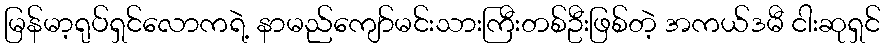
မြန်မာ့ရုပ်ရှင်လောကရဲ့ နာမည်ကျော်မင်းသားကြီးတစ်ဦးဖြစ်တဲ့ အကယ်ဒမီ ငါးဆုရှင်